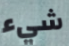
شيء